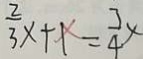
\frac { 2 } { 3 } x + 1 = \frac { 3 } { 4 } x